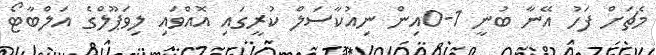
މެޗަށް ފަހު އޭނާ ބުނީ 1-0އިން ނިއުކާސަލް ކުރީގައި އޮއްވައި ލިވަޕޫލްގެ އަލްބާޓޯ